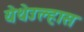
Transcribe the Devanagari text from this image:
येथेउल्हास